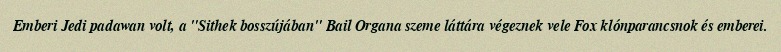
Emberi Jedi padawan volt, a "Sithek bosszújában" Bail Organa szeme láttára végeznek vele Fox klónparancsnok és emberei.